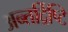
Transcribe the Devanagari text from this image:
अन्तर्द्रिष्टि